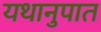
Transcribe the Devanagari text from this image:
यथानुपात